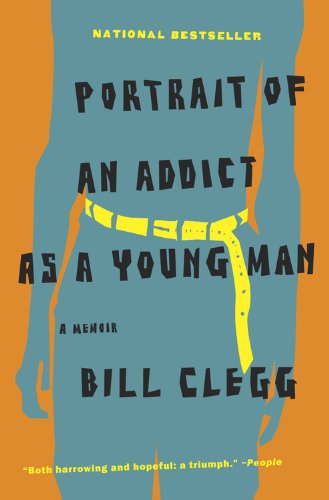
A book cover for Portrait of an Addict as a Young Man: A Memoir; Bill Clegg; Politics & Social Sciences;